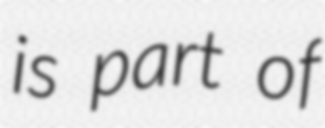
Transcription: is part of